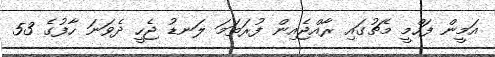
އަމީން ފަހްމީ މެޗުގައި ރާއްޖެއިން ފުރަތަމަ ލަނޑު ޖެހީ ދެވަނަ ހާފުގެ 53